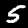
Digit: 5